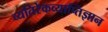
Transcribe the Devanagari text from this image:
व्यतिरेकव्याप्तिज्ञान